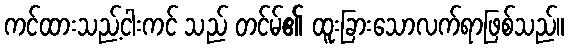
ကင်ထားသည့်ငါးကင် သည် တင်မ်၏ ထူးခြားသောလက်ရာဖြစ်သည်။